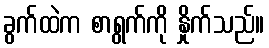
ခွက်ထဲက စာရွက်ကို နှိုက်သည်။